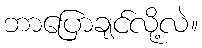
ဘာပြောချင်လို့လဲ။